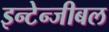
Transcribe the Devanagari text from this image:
इन्टेन्जीबल